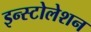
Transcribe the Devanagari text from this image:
इन्स्टोलेशन